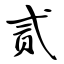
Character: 贰